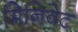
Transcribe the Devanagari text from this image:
मिनिवेट